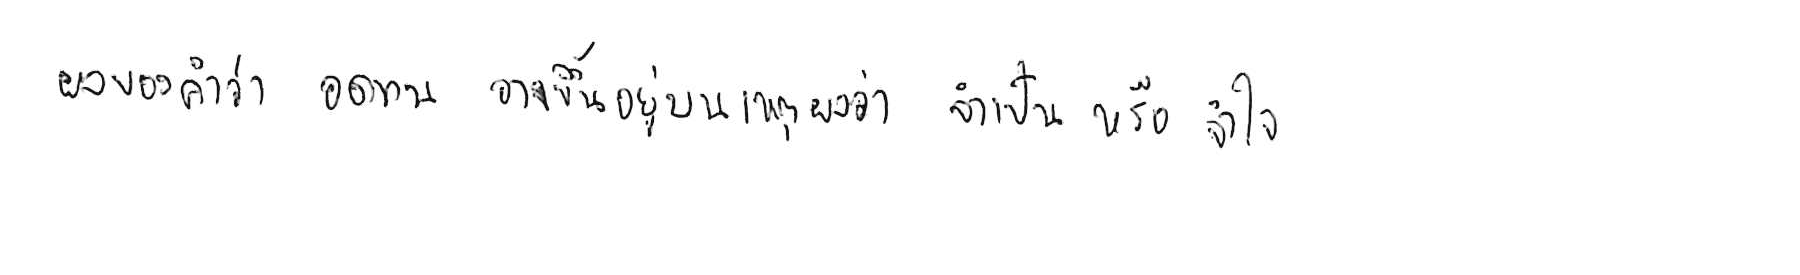
ผลของคำว่า อดทน อาจขึ้นอยู่บนเหตุผลว่า จำเป็น หรือ จำใจ